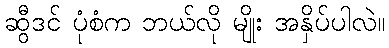
ဆွီဒင် ပုံစံက ဘယ်လို မျိုး အနှိပ်ပါလဲ။